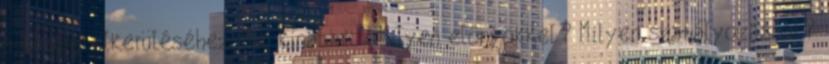
a bír­ság el­ke­rü­lé­sé­hez. Mit kínálunk? Milyen előnyökkel? Milyen szabályozással?